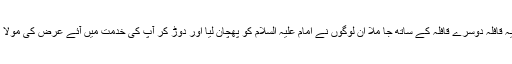
اثناء سفر میں یہ قافلہ دوسرے قافلہ کے ساتھ جا ملا ان لوگوں نے امام علیہ السلام کو پھچان لیا اور دوڑ کر آپ کی خدمت میں آئے عرض کی مولا (ع) آپ کھاں؟